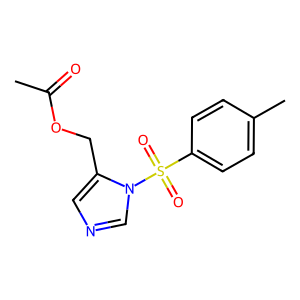
SMILES: CC(=O)OCc1cncn1S(=O)(=O)c1ccc(C)cc1
Inhibits HIV replication: No